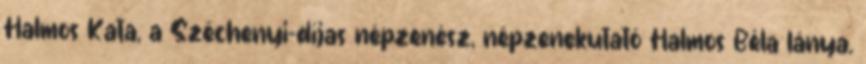
Halmos Kata, a Széchenyi-díjas népzenész, népzenekutató Halmos Béla lánya.